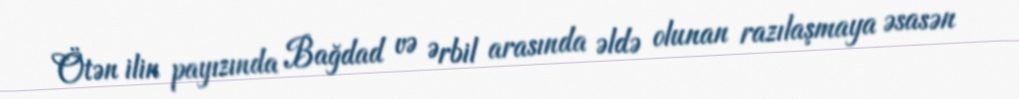
Ötən ilin payızında Bağdad və Ərbil arasında əldə olunan razılaşmaya əsasən